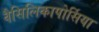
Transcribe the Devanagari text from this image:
वैसिलिकापोर्सिया